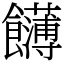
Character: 䭦